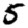
Digit: 5